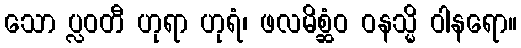
သော ပ္လဝတီ ဟုရာ ဟုရံ၊ ဖလမိစ္ဆံဝ ဝနသ္မိ ဝါနရော။